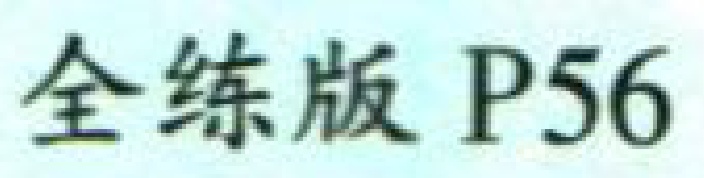
全练版 P56